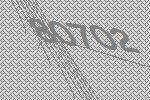
80702